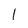
Character: I